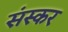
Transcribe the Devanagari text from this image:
संस्कर